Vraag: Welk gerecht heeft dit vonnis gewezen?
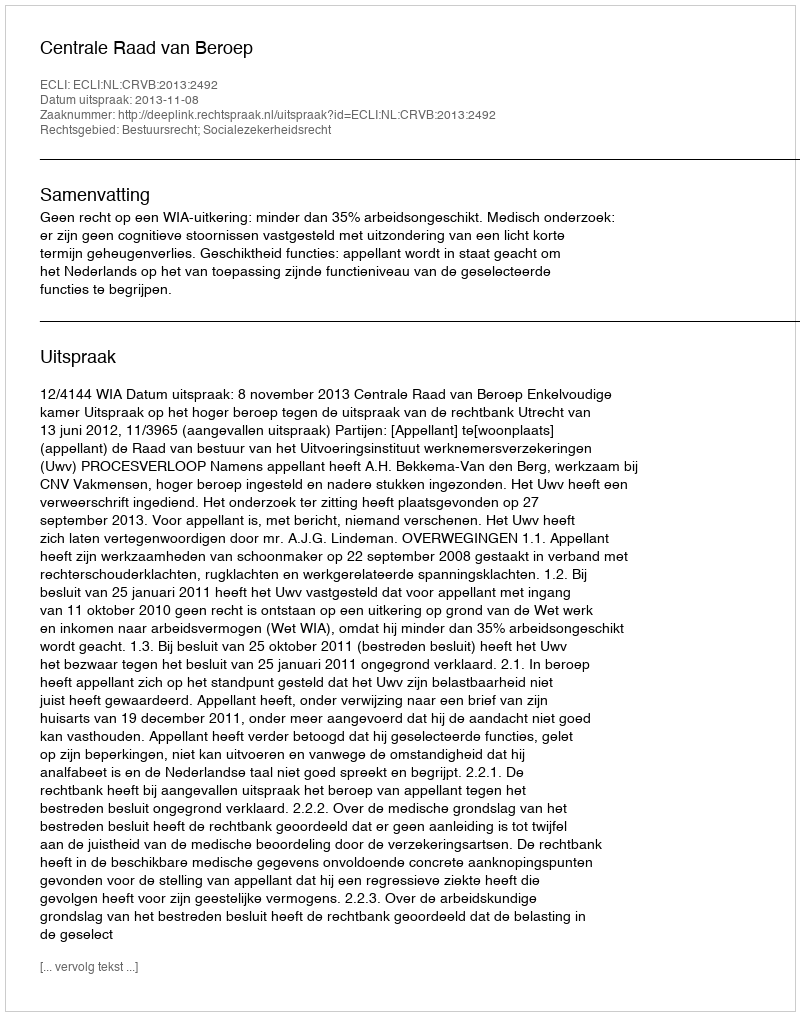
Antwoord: Centrale Raad van Beroep